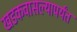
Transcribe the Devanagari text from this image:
खडकवासल्यापर्यंत